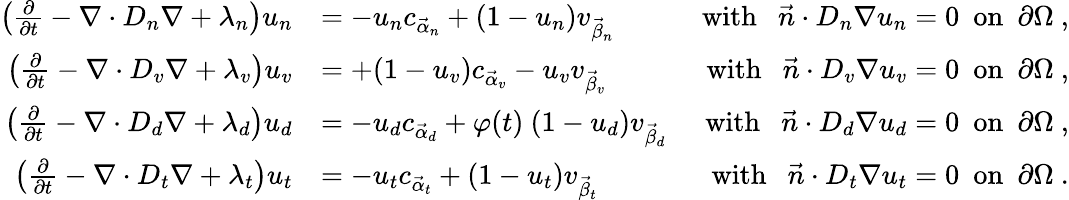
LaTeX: \begin{array}{rlr}{\left(\frac{\partial}{\partial t}-\nabla\cdot D_{n}\nabla+\lambda_{n}\right)u_{n}}&{=-u_{n}c_{\vec{\alpha}_{n}}+(1-u_{n})v_{\vec{\beta}_{n}}\ }&{\mathrm{with}\ \ \ \vec{n}\cdot D_{n}\nabla u_{n}=0\ \ \mathrm{on}\ \ \partial\Omega\ ,}\\ {\left(\frac{\partial}{\partial t}-\nabla\cdot D_{v}\nabla+\lambda_{v}\right)u_{v}}&{=+(1-u_{v})c_{\vec{\alpha}_{v}}-u_{v}v_{\vec{\beta}_{v}}\ }&{\mathrm{with}\ \ \ \vec{n}\cdot D_{v}\nabla u_{v}=0\ \ \mathrm{on}\ \ \partial\Omega\ ,}\\ {\left(\frac{\partial}{\partial t}-\nabla\cdot D_{d}\nabla+\lambda_{d}\right)u_{d}}&{=-u_{d}c_{\vec{\alpha}_{d}}+\varphi(t)\ (1-u_{d})v_{\vec{\beta}_{d}}\ }&{\mathrm{with}\ \ \ \vec{n}\cdot D_{d}\nabla u_{d}=0\ \ \mathrm{on}\ \ \partial\Omega\ ,}\\ {\left(\frac{\partial}{\partial t}-\nabla\cdot D_{t}\nabla+\lambda_{t}\right)u_{t}}&{=-u_{t}c_{\vec{\alpha}_{t}}+(1-u_{t})v_{\vec{\beta}_{t}}\ }&{\mathrm{with}\ \ \ \vec{n}\cdot D_{t}\nabla u_{t}=0\ \ \mathrm{on}\ \ \partial\Omega\ .}\end{array}